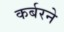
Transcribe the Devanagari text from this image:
कर्बरने